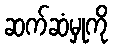
ဆက်ဆံမှုကို